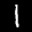
Label: 1